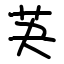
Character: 芵